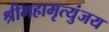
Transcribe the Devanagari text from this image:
श्रीमहामृत्युंजय